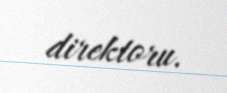
direktoru.